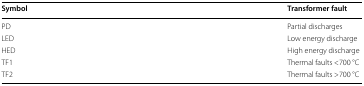
<table><thead><tr><td><b>Symbol</b></td><td><b>Transformer fault</b></td></tr></thead><tbody><tr><td>PD</td><td>Partial discharges</td></tr><tr><td>LED</td><td>Low energy discharge</td></tr><tr><td>HED</td><td>High energy discharge</td></tr><tr><td>TF1</td><td>Thermal faults &lt;700 °C</td></tr><tr><td>TF2</td><td>Thermal faults &gt;700 °C</td></tr></tbody></table>